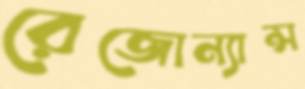
রেজোন্যান্স